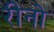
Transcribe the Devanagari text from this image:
रीनो